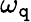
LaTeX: \omega_{\mathtt{q}}